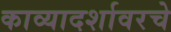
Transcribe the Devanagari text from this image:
काव्यादर्शावरचे